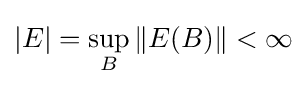
|E|=\sup _{B}\|E(B)\|<\infty